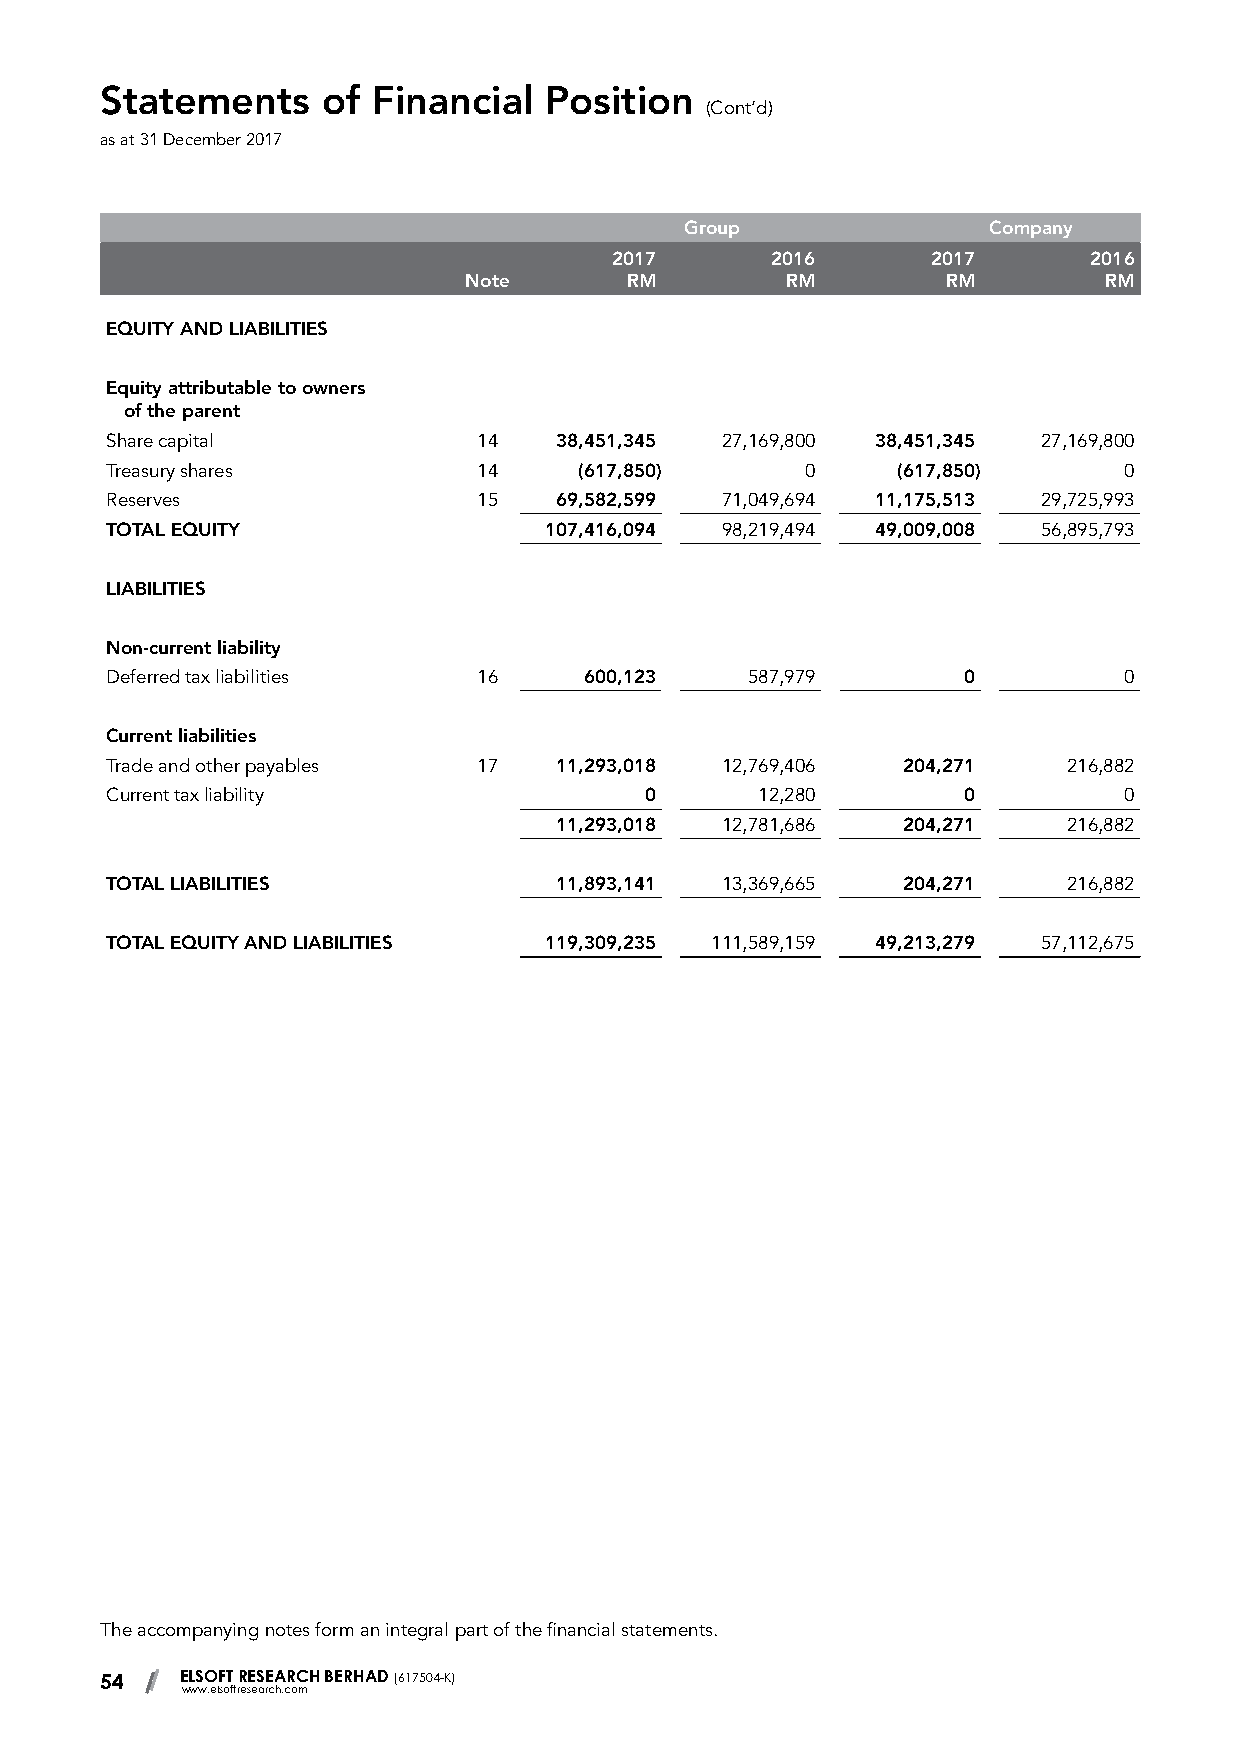
Statements    of  Financial  Position
 (Cont’d)
 as at 31 December 2017
 Group               Company
 2017       2016       2017      2016
 Note      RM         RM         RM        RM
 EQUITY AND LIABILITIES
 Equity attributable to owners
 of the parent
 Share capital            14   38,451,345 27,169,800 38,451,345 27,169,800
 Treasury shares          14    (617,850)      0     (617,850)      0
 Reserves                 15   69,582,599 71,049,694 11,175,513 29,725,993
 TOTAL EQUITY                 107,416,094 98,219,494 49,009,008 56,895,793
 LIABILITIES
 Non-current liability
 Deferred tax liabilities 16     600,123   587,979        0         0
 Current liabilities
 Trade and other payables 17   11,293,018 12,769,406  204,271    216,882
 Current tax liability               0      12,280        0         0
 11,293,018 12,781,686  204,271    216,882
 TOTAL LIABILITIES             11,893,141 13,369,665  204,271    216,882
 TOTAL EQUITY AND LIABILITIES 119,309,235 111,589,159 49,213,279 57,112,675
 The accompanying notes form an integral part of the financial statements.
 54   ELSOFT RESEARCH BERHAD (617504-K)
 www.elsoftresearch.com